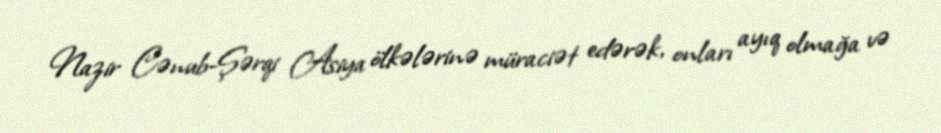
Nazir Cənub-Şərqi Asiya ölkələrinə müraciət edərək, onları ayıq olmağa və